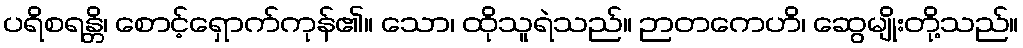
ပရိစရန္တိ၊ စောင့်ရှောက်ကုန်၏။ သော၊ ထိုသူရဲသည်။ ဉာတကေဟိ၊ ဆွေမျိုးတို့သည်။